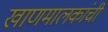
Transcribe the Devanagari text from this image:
खाणमालकांची